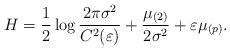
LaTeX: \begin{align*}H=\frac{1}{2} \log \frac{2 \pi \sigma^{2}}{C^{2}(\varepsilon)}+\frac{\mu_{(2)}}{2 \sigma^{2}} + \varepsilon \mu_{(p)}. \end{align*}